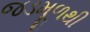
જડમૂળથી